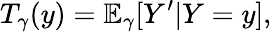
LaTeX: T_{\gamma}(y)=\mathbb{E}_{\gamma}[Y^{\prime}|Y=y],